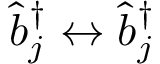
\hat { b } _ { j } ^ { \dagger } \leftrightarrow \hat { b } _ { j } ^ { \dagger }